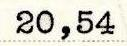
20,54